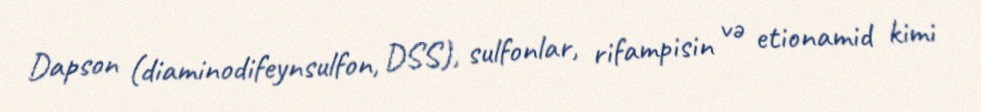
Dapson (diaminodifeynsulfon, DSS), sulfonlar, rifampisin və etionamid kimi